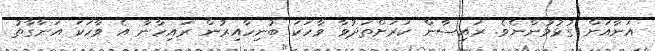
އަނާއަށް ގުޅުމުންނެވެ. ރައިސާން ކަރަށްތަދުވާ ވާހަކަ ބުނިހާއިރުން ރައިހާނާ އެ ވާހަކަ އަނާގާތު